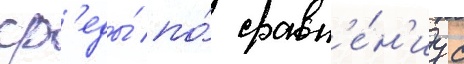
ср'еды́ по́ сравн'е́н'иу с